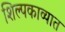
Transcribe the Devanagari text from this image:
शिल्पकाव्यात